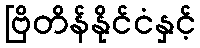
ဗြိတိန်နိုင်ငံနှင့်